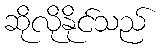
ဆိုလိုနိုင်သည်